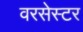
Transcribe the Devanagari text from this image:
वरसेस्टर